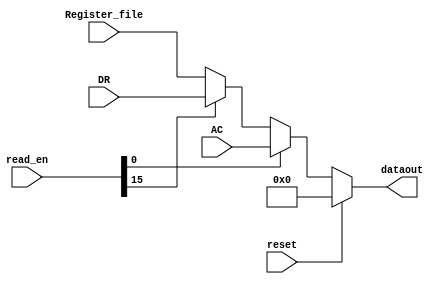
module Data_bus
#(
    parameter Reg_count = 16,
    parameter reg_width = 12
)
(
    input wire [(Reg_count-1):0]  read_en,
    input wire reset,
    input wire [(reg_width-1):0] AC,Register_file,DR,        
    output reg  [(reg_width-1):0] dataout
);

//reg [(reg_width-1):0] out;
/*localparam AC = 16'b0000000000000001,
           PC =  16'b0000000000000010,
           AR = 16'b0000000000000100,
           IR = 16'b0000000000001000,
           R = 16'b0000000000010000,
           row =  16'b0000000000100000,
           cAT= 16'b0000000001000000,
           cB = 16'b0000000010000000,
           rnow=16'b0000000100000000,
           cATnow= 16'b0000001000000000,
           cBnow = 16'b0000010000000000,
           alphap = 16'b0000100000000000,
           betap = 16'b0001000000000000,
           gammap = 16'b0010000000000000,
           Total = 16'b0100000000000000,
           DR = 16'b1000000000000000;*/          


//registers ususally change with the clock.try to make it combinational using assign statements and
//relevant if statements using ? : statements if there are issues with this 

always @(read_en,reset) //TODO check this whether is combinational
begin
    if (reset) 
        dataout = 12'b000000000000;
    else
    begin
        if(read_en[0] == 1'b1)
            dataout = AC;
        else if (read_en[15] == 1'b1)
            dataout = DR;
        else
            dataout = Register_file; 
            //TODO if there are issues implement each regier file regiter commands
            //and also implement the read all disable instance
            // in this implementation it assumes that the output of the bus is no needed by anyone
            //if read is diabled for all registers. THerefore it just provides the value of regiter file input as the output
    end     
end    
endmodule